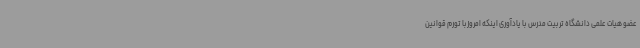
عضو هیات علمی دانشگاه تربیت مدرس با یادآوری اینکه امروزبا تورم قوانین